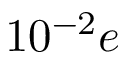
1 0 ^ { - 2 } e